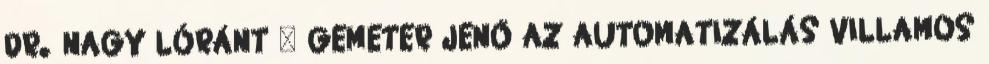
DR. NAGY LÓRÁNT – GEMETER JENŐ AZ AUTOMATIZÁLÁS VILLAMOS